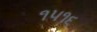
૧૫૧૬